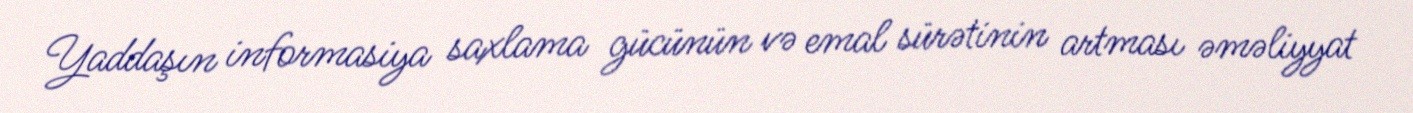
Yaddaşın informasiya saxlama gücünün və emal sürətinin artması əməliyyat